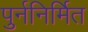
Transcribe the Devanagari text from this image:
पुर्ननिर्मित